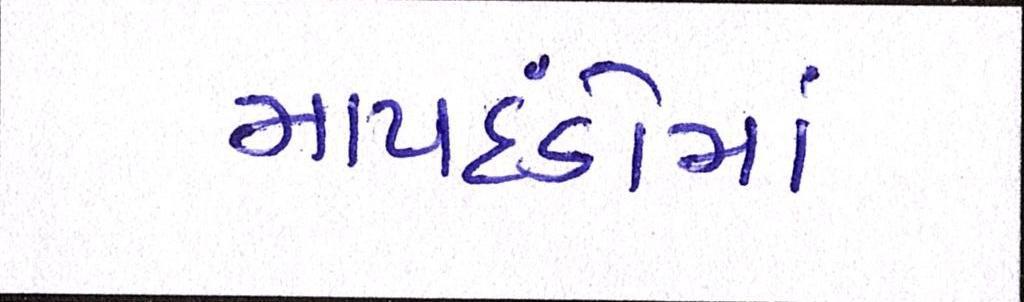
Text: માપદંડોમાં